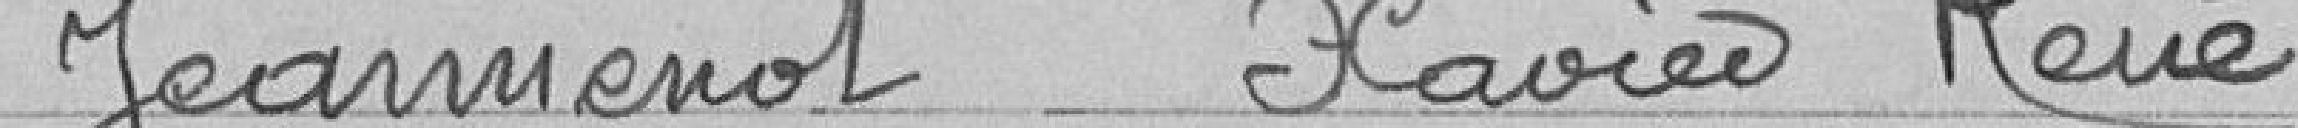
Jeannenot Xavier René